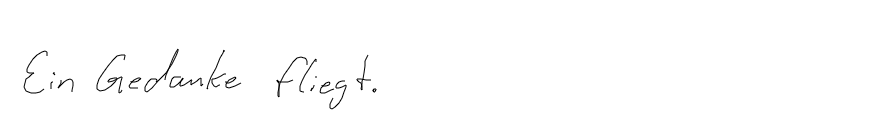
Ein Gedanke fliegt.